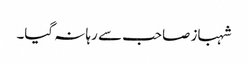
شہباز صاحب سے رہا نہ گیا۔